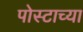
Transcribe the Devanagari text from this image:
पोस्टाच्या